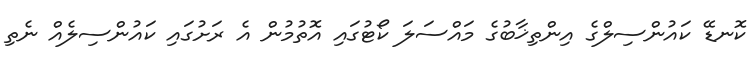
ކޮނޑޭ ކައުންސިލްގެ އިންތިޚާބުގެ މައްސަލަ ކޯޓުގައި އޮތުމުން އެ ރަށުގައި ކައުންސިލެއް ނެތި